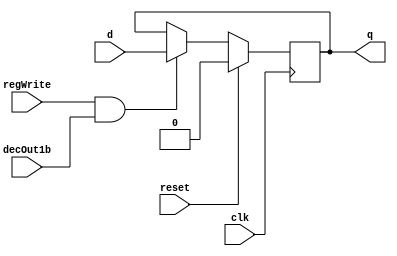
//DFF
  module D_FF( input clk, input reset, input regWrite, input decOut1b , input d, output reg q);  
  always @ (negedge clk)  
    begin  
      if(reset==1)   
        q=0;  
      else   
        if(regWrite == 1 && decOut1b==1)   
          begin    q=d;   
      end   
    end 
  endmodule 

//32 bit register  
  module register32bit( input clk, input reset, input regWrite, input decOut1b, input [31:0] writeData,  output  [31:0] outR );    
    D_FF M0(clk,reset,regWrite,decOut1b,writeData[0],outR[0]);
    D_FF M1(clk,reset,regWrite,decOut1b,writeData[1],outR[1]);
    D_FF M2(clk,reset,regWrite,decOut1b,writeData[2],outR[2]);  
    D_FF M3(clk,reset,regWrite,decOut1b,writeData[3],outR[3]); 
    D_FF M4(clk,reset,regWrite,decOut1b,writeData[4],outR[4]); 
    D_FF M5(clk,reset,regWrite,decOut1b,writeData[5],outR[5]); 
    D_FF M6(clk,reset,regWrite,decOut1b,writeData[6],outR[6]); 
    D_FF M7(clk,reset,regWrite,decOut1b,writeData[7],outR[7]); 
    D_FF M8(clk,reset,regWrite,decOut1b,writeData[8],outR[8]); 
    D_FF M9(clk,reset,regWrite,decOut1b,writeData[9],outR[9]); 
    D_FF M10(clk,reset,regWrite,decOut1b,writeData[10],outR[10]); 
    D_FF M11(clk,reset,regWrite,decOut1b,writeData[11],outR[11]); 
    D_FF M12(clk,reset,regWrite,decOut1b,writeData[12],outR[12]); 
    D_FF M13(clk,reset,regWrite,decOut1b,writeData[13],outR[13]); 
    D_FF M14(clk,reset,regWrite,decOut1b,writeData[14],outR[14]); 
    D_FF M15(clk,reset,regWrite,decOut1b,writeData[15],outR[15]); 
    D_FF M16(clk,reset,regWrite,decOut1b,writeData[16],outR[16]); 
    D_FF M17(clk,reset,regWrite,decOut1b,writeData[17],outR[17]); 
    D_FF M18(clk,reset,regWrite,decOut1b,writeData[18],outR[18]); 
    D_FF M19(clk,reset,regWrite,decOut1b,writeData[19],outR[19]); 
    D_FF M20(clk,reset,regWrite,decOut1b,writeData[20],outR[20]); 
    D_FF M21(clk,reset,regWrite,decOut1b,writeData[21],outR[21]); 
    D_FF M22(clk,reset,regWrite,decOut1b,writeData[22],outR[22]); 
    D_FF M23(clk,reset,regWrite,decOut1b,writeData[23],outR[23]); 
    D_FF M24(clk,reset,regWrite,decOut1b,writeData[24],outR[24]); 
    D_FF M25(clk,reset,regWrite,decOut1b,writeData[25],outR[25]); 
    D_FF M26(clk,reset,regWrite,decOut1b,writeData[26],outR[26]); 
    D_FF M27(clk,reset,regWrite,decOut1b,writeData[27],outR[27]); 
    D_FF M28(clk,reset,regWrite,decOut1b,writeData[28],outR[28]); 
    D_FF M29(clk,reset,regWrite,decOut1b,writeData[29],outR[29]); 
    D_FF M30(clk,reset,regWrite,decOut1b,writeData[30],outR[30]); 
    D_FF M31(clk,reset,regWrite,decOut1b,writeData[31],outR[31]); 
  endmodule


  module registerSet( input clk, input reset, input regWrite, input [7:0] decOut, input [31:0] writeData,    output [31:0] outR0,outR1,outR2,outR3,outR4,outR5,outR6,outR7 );  
    register32bit R0(clk,reset,regWrite,decOut[0],writeData,outR0);
    register32bit R1(clk,reset,regWrite,decOut[1],writeData,outR1);
    register32bit R2(clk,reset,regWrite,decOut[2],writeData,outR2);
    register32bit R3(clk,reset,regWrite,decOut[3],writeData,outR3);
    register32bit R4(clk,reset,regWrite,decOut[4],writeData,outR4);
    register32bit R5(clk,reset,regWrite,decOut[5],writeData,outR5);
    register32bit R6(clk,reset,regWrite,decOut[6],writeData,outR6);
    register32bit R7(clk,reset,regWrite,decOut[7],writeData,outR7);
  endmodule
    
  module decoder( input [2:0] destReg, output reg [7:0] decOut);  
    always @ (*)
      case (destReg)
        3'b000: decOut = 8'b00000001;
        3'b001: decOut = 8'b00000010;
        3'b010: decOut = 8'b00000100;
        3'b011: decOut = 8'b00001000;
        3'b100: decOut = 8'b00010000;
        3'b101: decOut = 8'b00100000;
        3'b110: decOut = 8'b01000000;
        3'b111: decOut = 8'b10000000;
      endcase
    endmodule
    
  module mux8to1( input [31:0] outR0,outR1,outR2,outR3,outR4,outR5,outR6,outR7,   input [2:0] Sel, output reg [31:0] outBus );   
    always @ ( outR0,outR1,outR2,outR3,outR4,outR5,outR6,outR7,Sel)
      case (Sel)
        3'b000: outBus = outR0;
        3'b001: outBus = outR1;
        3'b010: outBus = outR2;
        3'b011: outBus = outR3;
        3'b100: outBus = outR4;
        3'b101: outBus = outR5;
        3'b110: outBus = outR6;
        3'b111: outBus = outR7;
      endcase
  endmodule
  
  module registerFile(input clk, input reset, input regWrite, input [2:0] srcRegA, input [2:0] srcRegB,  input [2:0] destReg,  input [31:0] writeData, output [31:0] outBusA, output [31:0] outBusB ); 
    wire [7:0] decOut;
    wire [31:0] outR0,outR1,outR2,outR3,outR4,outR5,outR6,outR7;
    decoder Dec (destReg, decOut);
    registerSet RSet (clk,reset,regWrite,decOut,writeData,outR0,outR1,outR2,outR3,outR4,outR5,outR6,outR7); 
    mux8to1 Mux1 (outR0,outR1,outR2,outR3,outR4,outR5,outR6,outR7,srcRegA,outBusA);
    mux8to1 Mux2 (outR0,outR1,outR2,outR3,outR4,outR5,outR6,outR7,srcRegB,outBusB);
  endmodule
  
module test_registerFile( );     
  //inputs     
  reg clk,reset,regWrite;     
  reg [2:0] srcRegA,srcRegB,destReg;     
  reg [31:0] writeData;     
  //outputs     
  wire [31:0] outBusA;     
  wire [31:0] outBusB;     
  registerFile uut(clk,reset,regWrite,srcRegA,srcRegB,destReg,writeData,outBusA,outBusB);          
  always 
    begin 
      #5 clk=~clk; 
    end          
    initial     
      begin 
        clk=0; 
        reset=1; 
        srcRegA=5'd0; 
        srcRegB=5'd0;     
        
        #5 reset=0; 
        regWrite=1; 
        destReg=3'd0; 
        writeData=32'd8;     
        
        #10 destReg=3'd1; 
        writeData=32'd7;     
        
        #10 destReg=3'd2; 
        writeData=32'd6;     
        
        #10 destReg=3'd3; 
        writeData=32'd5;     
        
        #10 destReg=3'd4; 
        writeData=32'd4;     
        
        #10 destReg=3'd5; 
        writeData=32'd3;     
        
        #10 destReg=3'd6; 
        writeData=32'd2;     
        
        #10 destReg=3'd7; 
        writeData=32'd1;     
        
        #10 regWrite=0; 
        srcRegA=5'd7; 
        srcRegB=5'd6;     
        
        #10 srcRegA=5'd5; 
        srcRegB=5'd4;     
        
        #10 srcRegA=5'd3; 
        srcRegB=5'd2;     
        
        #10 srcRegA=5'd1; 
        srcRegB=5'd0;     
        
        #10 $finish;     
      end 
    endmodule